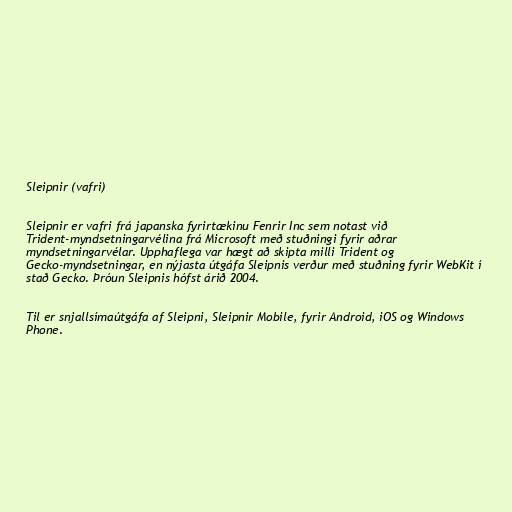
Sleipnir (vafri)

Sleipnir er vafri frá japanska fyrirtækinu Fenrir Inc sem notast við
Trident-myndsetningarvélina frá Microsoft með stuðningi fyrir aðrar
myndsetningarvélar. Upphaflega var hægt að skipta milli Trident og
Gecko-myndsetningar, en nýjasta útgáfa Sleipnis verður með stuðning fyrir WebKit í
stað Gecko. Þróun Sleipnis hófst árið 2004.

Til er snjallsímaútgáfa af Sleipni, Sleipnir Mobile, fyrir Android, iOS og Windows
Phone.